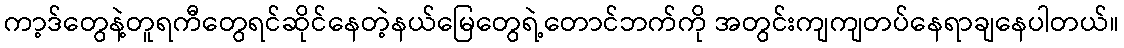
ကာ့ဒ်တွေနဲ့တူရကီတွေရင်ဆိုင်နေတဲ့နယ်မြေတွေရဲ့တောင်ဘက်ကို အတွင်းကျကျတပ်နေရာချနေပါတယ်။